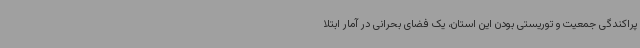
پراکندگی جمعیت و توریستی بودن این استان، یک فضای بحرانی در آمار ابتلا